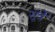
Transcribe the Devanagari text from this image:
सूर्त्रे